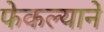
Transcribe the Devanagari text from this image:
फेकल्याने